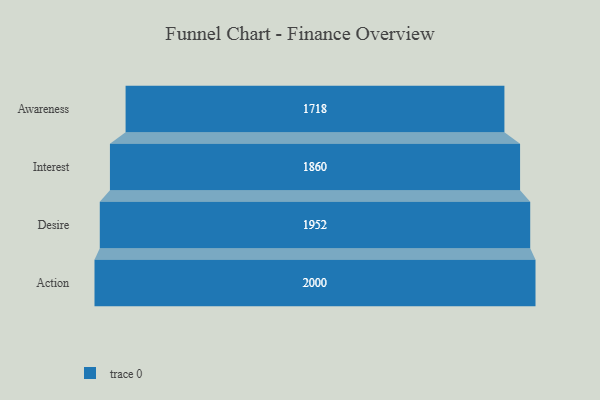
{"axis": {"x": "Stage", "y": "Value"}, "legend": [""], "data": [{"x": "Awareness", "y": 1718.0, "type": ""}, {"x": "Interest", "y": 1860.0, "type": ""}, {"x": "Desire", "y": 1952.0, "type": ""}, {"x": "Action", "y": 2000, "type": ""}]}